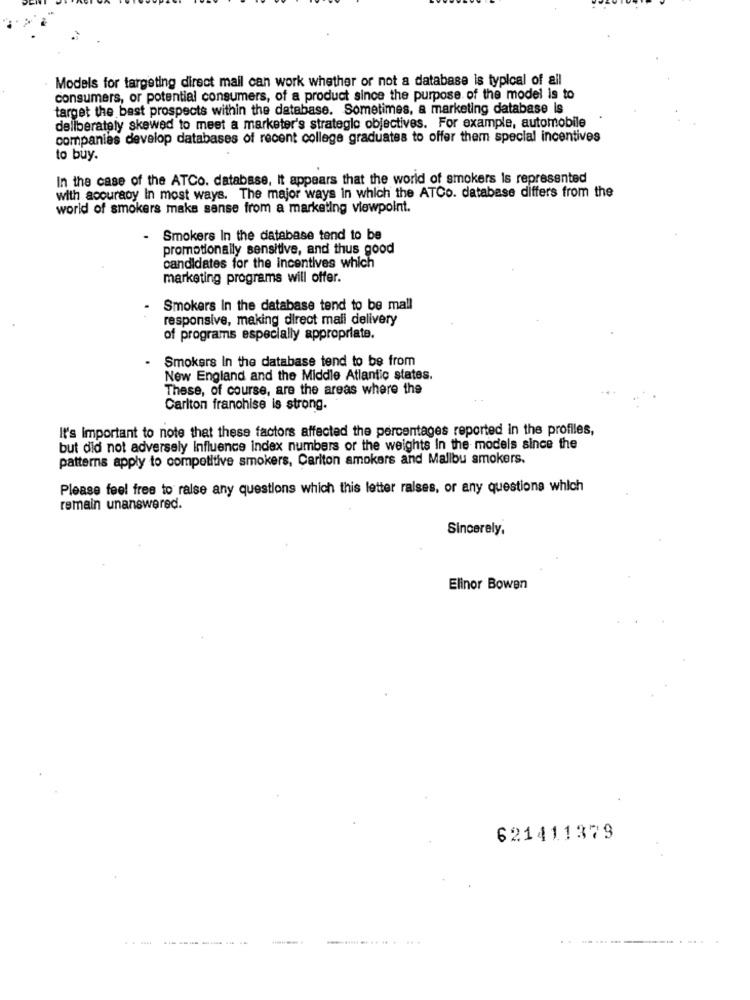
Models for targeting direct mail can work whether or not a database is typical of all
consumers, or potential consumers, of a product since the purpose of the model is to
target the best prospects within the database. Sometimes, a marketing database Is
deliberately skewed to meet a marketer's strategic objectives. For example, automobile
companies develop databases of recent college graduates to offer them special incentives
to buy.
In the case of the ATCo. database, It appears that the world of smokers is represented
with accuracy In most ways. The major ways in which the ATCo. database differs from the
world of smokers maks sense from a marketing viewpoint.
.
Smokers In the database tend to be
promotionally sensitive, and thus good
candidates for the incentives which
marketing programs will offer.
Smokers In the database tend to be mall
responsive, making direct mail delivery
of programs especially appropriate.
Smokers In the database tend to be from
New England and the Middle Atlantic states.
These, of course, are the areas where the
Carlton franchise is strong.
It's important to note that these factors affected the percentages reported in the profiles,
but did not adversely Influence index numbers or the weights In the models since the
patterns apply to competitive smokers, Carlton amokers and Malibu smokers.
Please feel free to raise any questions which this letter ralses, or any questions which
remain unanswered.
Sincerely,
Elinor Bowen
621411379
-----..
.......... ..... .....